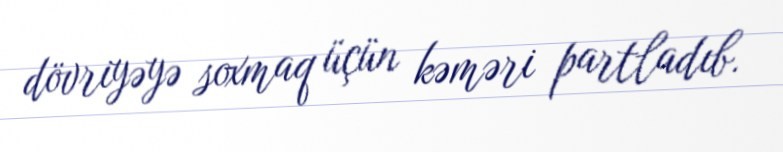
dövriyəyə soxmaq üçün kəməri partladıb.